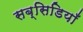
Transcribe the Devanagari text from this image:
सब्सिडियाँ